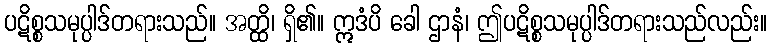
ပဋိစ္စသမုပ္ပါဒ်တရားသည်။ အတ္ထိ၊ ရှိ၏။ ဣဒံပိ ခေါ ဌာနံ၊ ဤပဋိစ္စသမုပ္ပါဒ်တရားသည်လည်း။